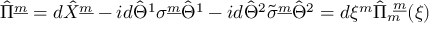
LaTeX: \hat { \Pi } ^ { \underline { { { m } } } } = d \hat { X } ^ { \underline { { { m } } } } - i d \hat { \Theta } ^ { 1 } { \sigma } ^ { \underline { { { m } } } } \hat { \Theta } ^ { 1 } - i d \hat { \Theta } ^ { 2 } \tilde { \sigma } ^ { \underline { { { m } } } } \hat { \Theta } ^ { 2 } = d \xi ^ { m } \hat { \Pi } _ { m } ^ { ~ \underline { { { m } } } } ( \xi )